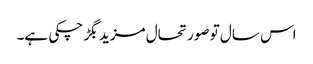
اس سال تو صورتحال مزید بگڑ چکی ہے۔